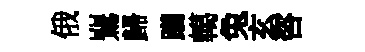
俄鸎歸躪轕兔玄咨